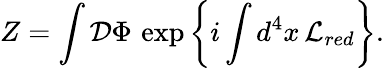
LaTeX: Z=\int{\cal D}\Phi\, \exp\left\{ i\int d^{4}x\, {\cal L}_{red}\right\} .